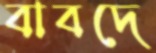
বাবদে